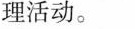
理活动。